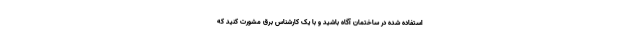
استفاده شده در ساختمان آگاه باشید و با یک کارشناس برق مشورت کنید که